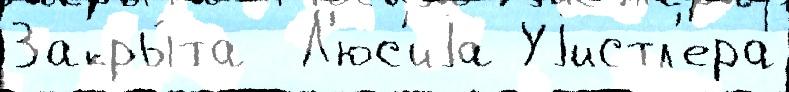
Закры́та  Л'юс'иjа Уjистл'ера